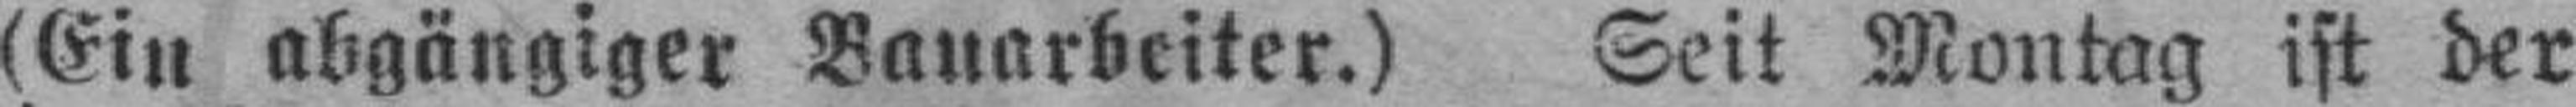
(Ein abgängiger Bauarbeiter.) Seit Montag ist der